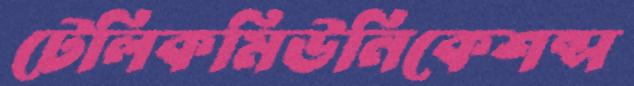
টেলিকমিউনিকেশন্স